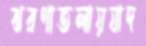
ঝরণাতলায়যাদ